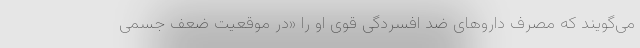
می‌گویند که مصرف داروهای ضد افسردگی قوی او را «در موقعیت ضعف جسمی